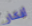
أفكار